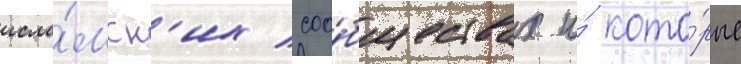
исла́мск'их соо́бществах и́ кото́рые